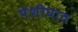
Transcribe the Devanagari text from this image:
पेशीघात